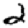
Digit: 2